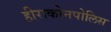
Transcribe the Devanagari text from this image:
हीराकोनपोलिस